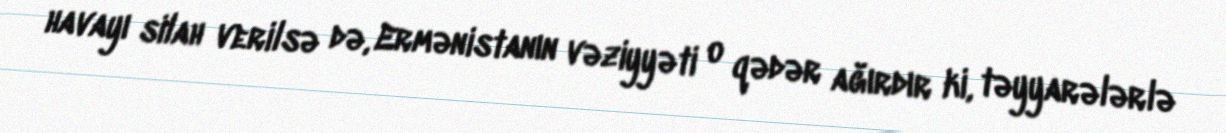
havayı silah verilsə də, Ermənistanın vəziyyəti o qədər ağırdır ki, təyyarələrlə